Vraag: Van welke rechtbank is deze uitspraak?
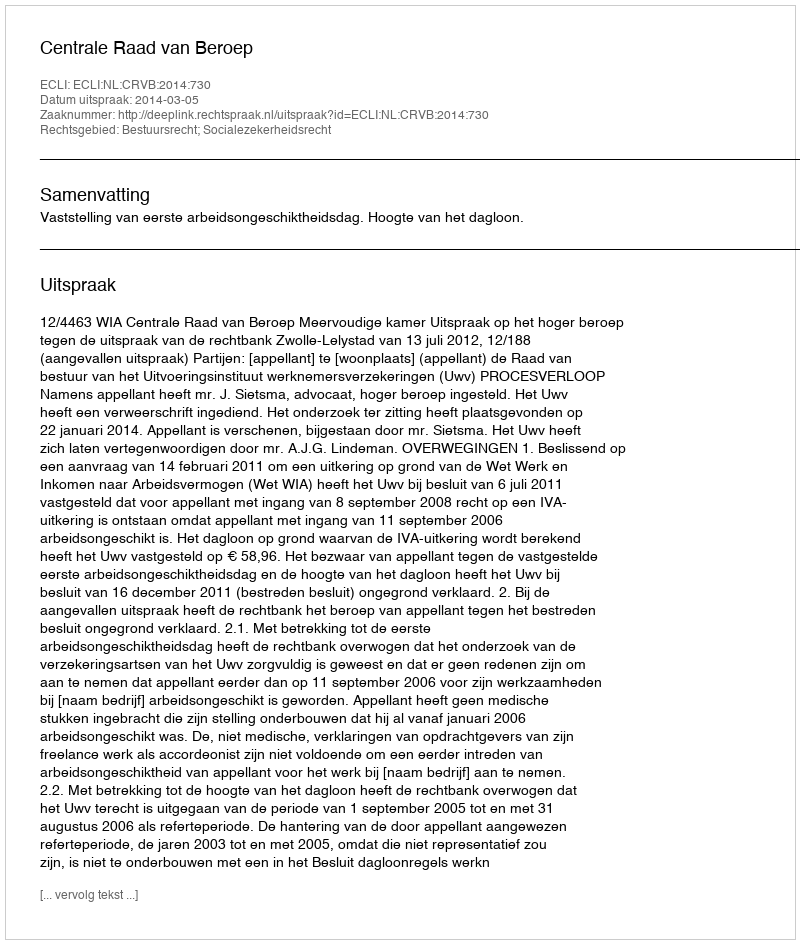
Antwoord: Centrale Raad van Beroep